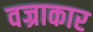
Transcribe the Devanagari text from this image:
वज्राकार